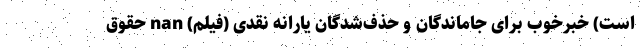
است) خبرخوب برای جاماندگان و حذف‌شدگان یارانه نقدی (فیلم) nan حقوق